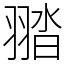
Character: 䎓